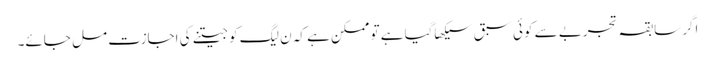
اگر سابقہ تجربے سے کوئی سبق سیکھاگیا ہے تو ممکن ہے کہ ن لیگ کو جیتنے کی اجازت مل جائے۔